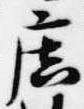
廣